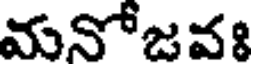
మనోజవః